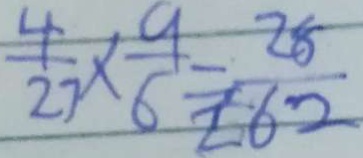
\frac { 4 } { 2 7 } \times \frac { 9 } { 6 } = \frac { 2 8 } { t 6 2 }